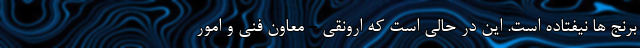
برنج ها نیفتاده است. این در حالی است که ارونقی - معاون فنی و امور